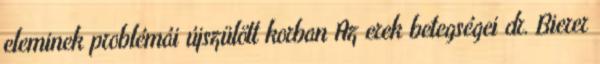
eleminek problémái újszülött korban Az erek betegségei dr. Bierer